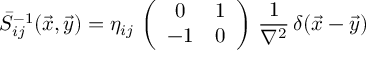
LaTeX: \bar { S } _ { i j } ^ { - 1 } ( \vec { x } , \vec { y } ) = \eta _ { i j } \, \left( \begin{array} { c c } { { 0 } } & { { 1 } } \\ { { - 1 } } & { { 0 } } \end{array} \right) \, \frac { 1 } { \nabla ^ { 2 } } \, \delta ( \vec { x } - \vec { y } )